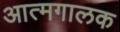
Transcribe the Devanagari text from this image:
आत्मगालक